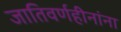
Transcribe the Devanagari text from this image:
जातिवर्णहीनांना